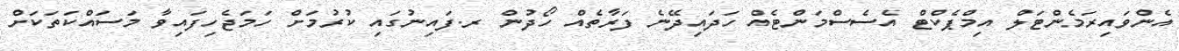
އެންވައިރަމެންޓަލް އިމްޕެކްޓް އެސެސްމަންޓެއް ހަދައިދޭނެ ފަރާތެއް ހޯދުން ރ.ފައިނުގައި ކުރުމަށް ހަމަޖެހިފައިވާ މަސައްކަތަކަށް